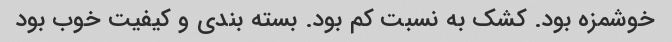
خوشمزه بود. کشک به نسبت کم بود. بسته بندی و کیفیت خوب بود